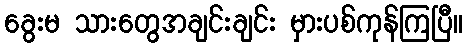
ခွေးမ သားတွေအချင်းချင်း မှားပစ်ကုန်ကြပြီ။